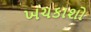
ખચકાશો